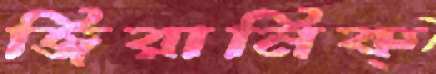
জিরানিক্